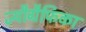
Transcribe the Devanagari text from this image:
ज्यौग्रैफिका